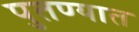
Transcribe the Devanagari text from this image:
पुतण्यात